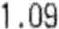
1.09